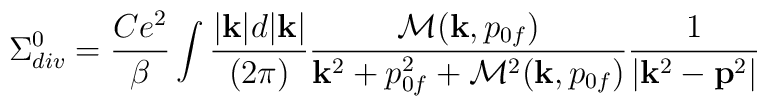
\Sigma^0_{div}= {Ce^2 \over \beta} \int { |{\bf k}| d|{\bf k}| \over (2 \pi)} { { \cal M}({\bf k},p_{0f}) \over {\bf k}^2+p_{0f}^2+{\cal M}^2({\bf k},p_{0f})}{1 \over |{\bf k}^2-{\bf p}^2|}